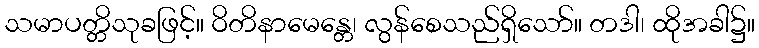
သမာပတ္တိသုခဖြင့်။ ဝိတိနာမေန္တေ၊ လွန်စေသည်ရှိသော်။ တဒါ၊ ထိုအခါ၌။